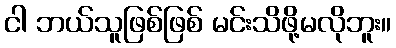
ငါ ဘယ်သူဖြစ်ဖြစ် မင်းသိဖို့မလိုဘူး။